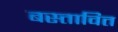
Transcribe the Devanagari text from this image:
बस्तावित